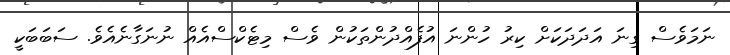
ނަމަވެސް ގިނަ އަދަދަކަށް ކިރު ހުންނަ އުފެއްދުންތަކުން ވެސް މިޓެކްސްއެއް ނުނަގާނެއެވެ. ސަބަބަކީ